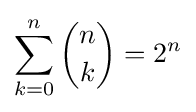
\sum _{k=0}^{n}{\binom {n}{k}}=2^{n}